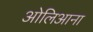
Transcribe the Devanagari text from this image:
ओलिआना